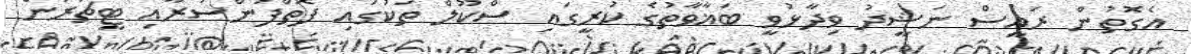
އެގޮތުން ރައީސް ނަޝީދު ވިދާޅުވީ ބަޣާވާތުގެ ކުރީގައި ސްކޫލް ތަކުގައި ފޮތްފަންސުރާއި ޓީޗަރުން